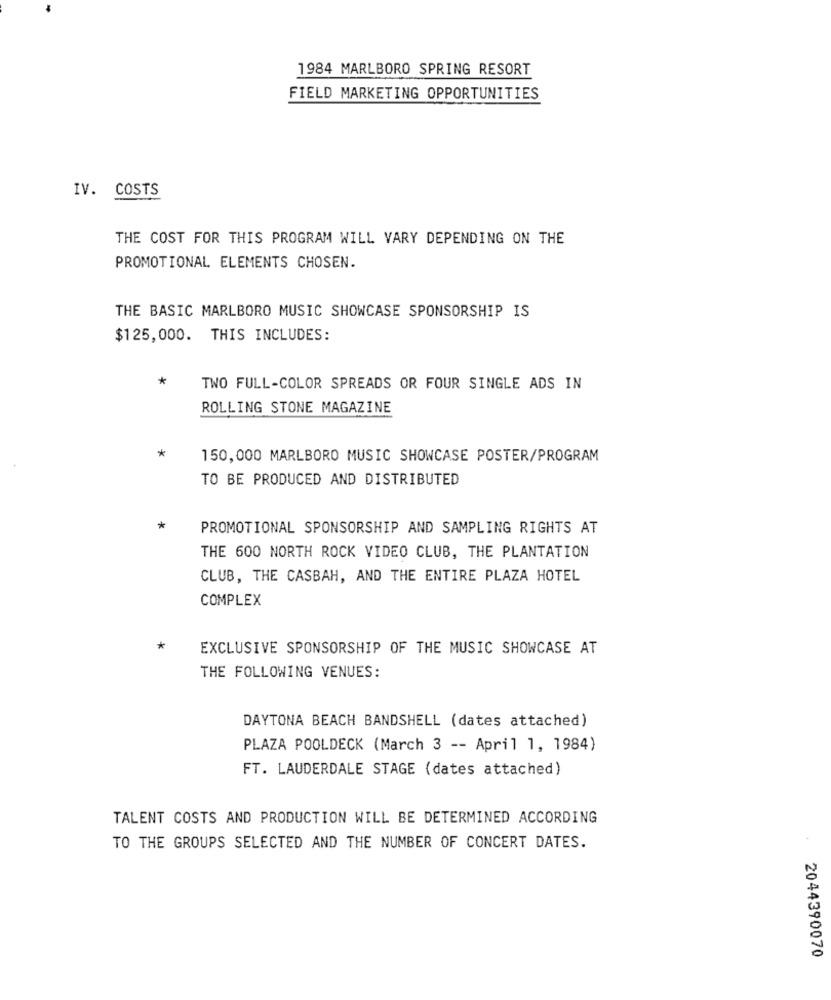
1984 MARLBORO SPRING RESORT
FIELD MARKETING OPPORTUNITIES
IV. COSTS
THE COST FOR THIS PROGRAM WILL VARY DEPENDING ON THE
PROMOTIONAL ELEMENTS CHOSEN.
THE BASIC MARLBORO MUSIC SHOWCASE SPONSORSHIP IS
$125,000. THIS INCLUDES:
*
TWO FULL-COLOR SPREADS OR FOUR SINGLE ADS IN
ROLLING STONE MAGAZINE
*
150,000 MARLBORO MUSIC SHOWCASE POSTER/PROGRAM
TO BE PRODUCED AND DISTRIBUTED
*
PROMOTIONAL SPONSORSHIP AND SAMPLING RIGHTS AT
THE 600 NORTH ROCK VIDEO CLUB, THE PLANTATION
CLUB, THE CASBAH, AND THE ENTIRE PLAZA HOTEL
COMPLEX
*
EXCLUSIVE SPONSORSHIP OF THE MUSIC SHOWCASE AT
THE FOLLOWING VENUES:
DAYTONA BEACH BANDSHELL (dates attached)
PLAZA POOLDECK (March 3 -- April 1, 1984)
FT. LAUDERDALE STAGE (dates attached)
TALENT COSTS AND PRODUCTION WILL BE DETERMINED ACCORDING
TO THE GROUPS SELECTED AND THE NUMBER OF CONCERT DATES.
2044390070